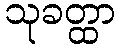
သုခတ္ထာ